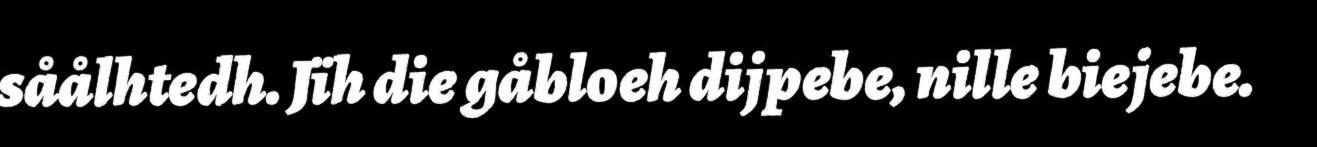
såålhtedh. Jïh die gåbloeh dijpebe, nille biejebe.